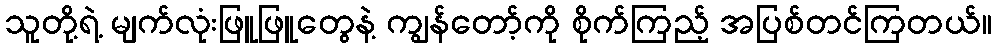
သူတို့ရဲ့ မျက်လုံးဖြူဖြူတွေနဲ့ ကျွန်တော့်ကို စိုက်ကြည့် အပြစ်တင်ကြတယ်။